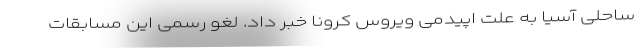
ساحلی آسیا به علت اپیدمی ویروس کرونا خبر داد. لغو رسمی این مسابقات